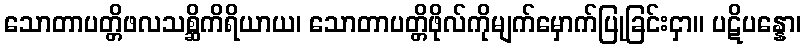
သောတာပတ္တိဖလသစ္ဆိကိရိယာယ၊ သောတာပတ္တိဖိုလ်ကိုမျက်မှောက်ပြုခြင်းငှာ။ ပဋိပန္နော၊